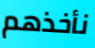
نأخذهم